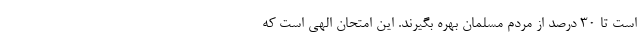
است تا 30 درصد از مردم مسلمان بهره بگیرند. این امتحان الهی است که